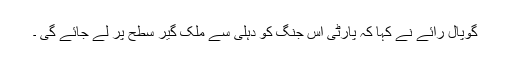
گوپال رائے نے کہا کہ پارٹی اس جنگ کو دہلی سے ملک گیر سطح پر لے جائے گی ۔